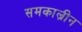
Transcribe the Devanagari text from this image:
समकाल्रीन